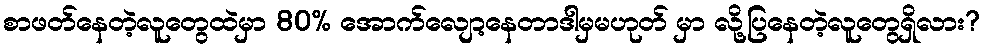
စာဖတ်နေတဲ့လူတွေထဲမှာ 80% အောက်လျော့နေတာဒါမှမဟုတ် မှာ လို့ပြနေတဲ့လူတွေရှိလား?